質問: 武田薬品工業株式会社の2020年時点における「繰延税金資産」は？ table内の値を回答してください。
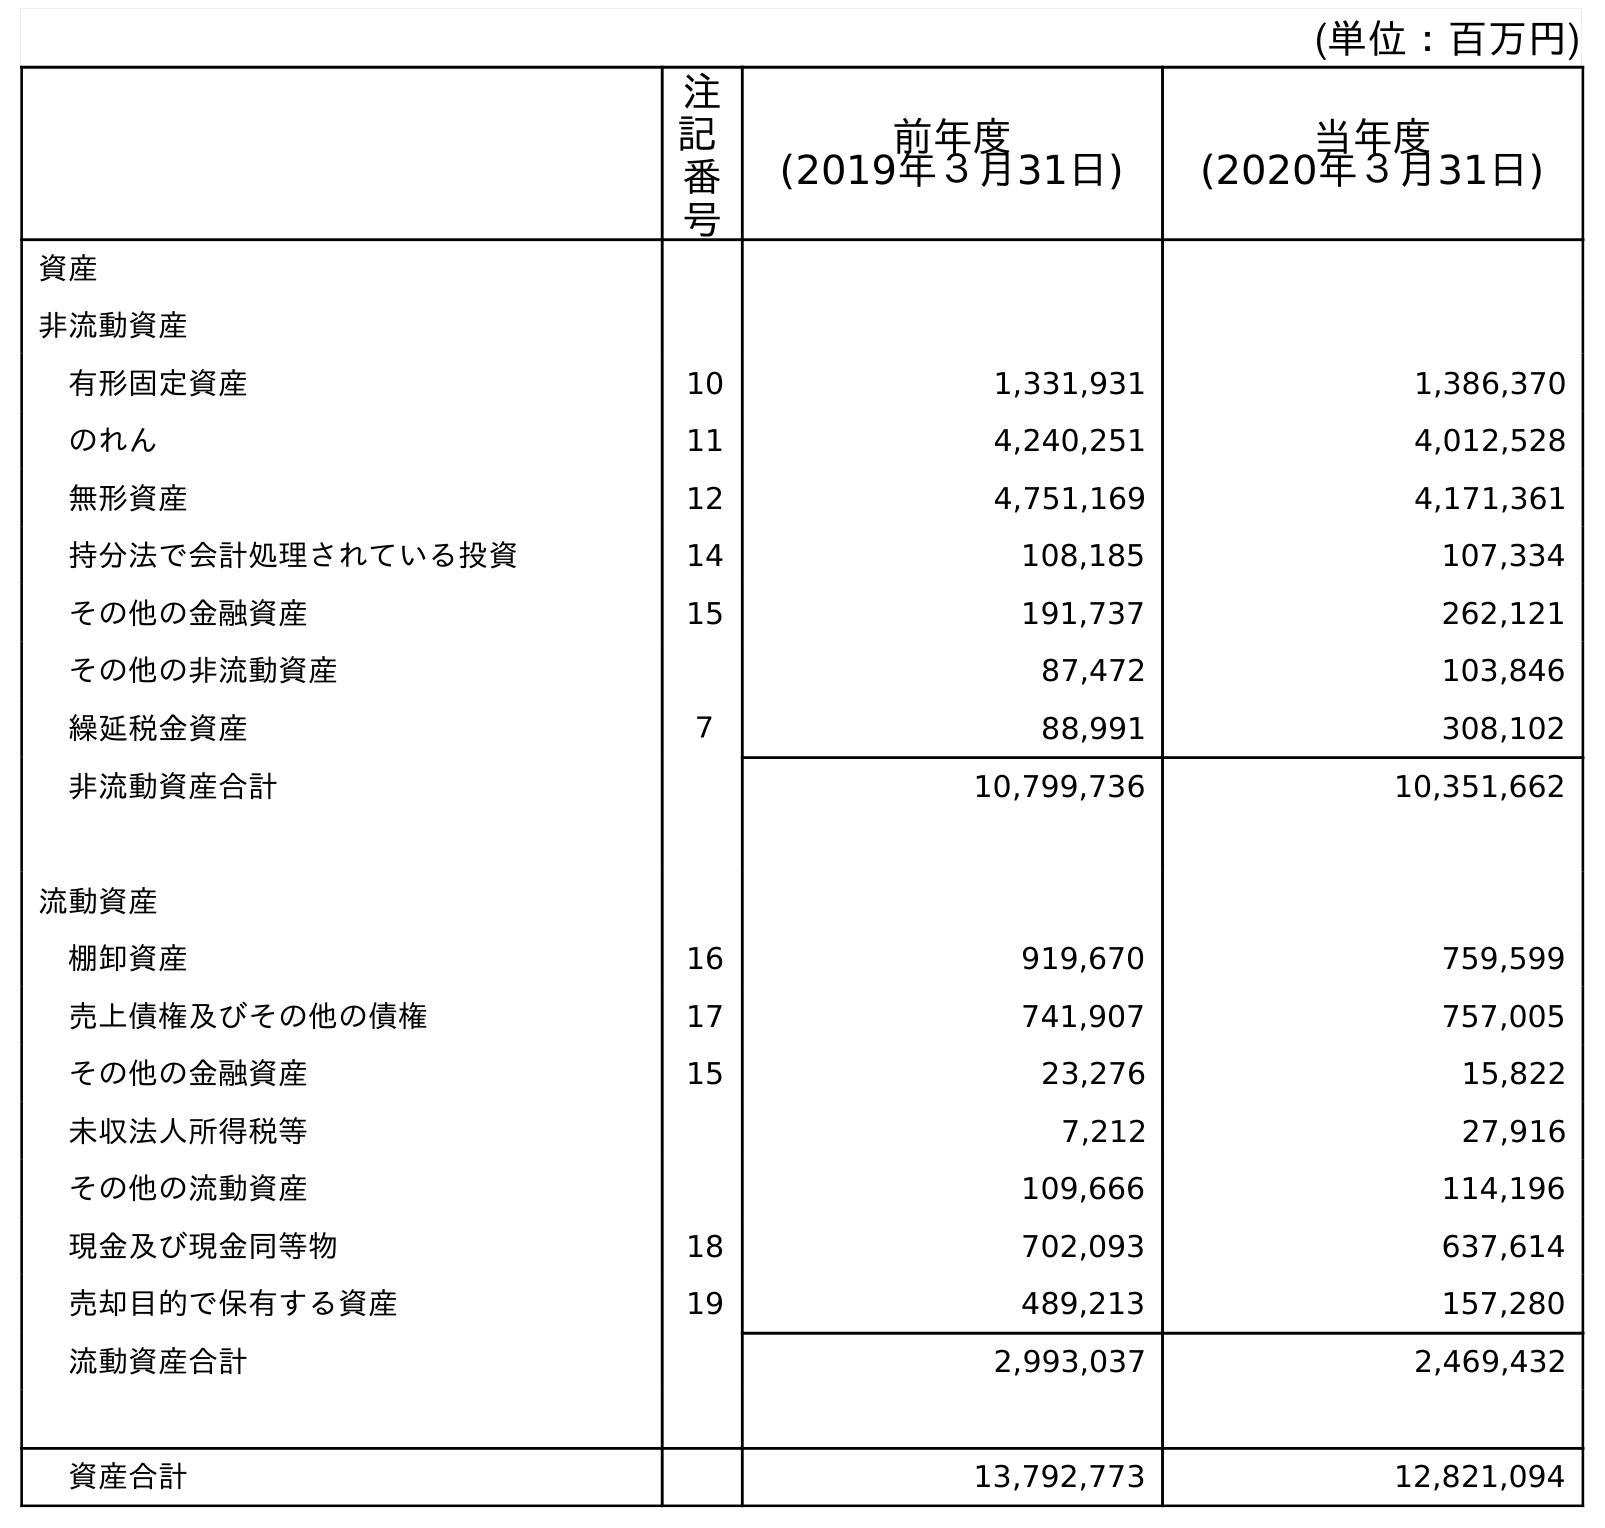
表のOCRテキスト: (単位：百万円) 注 記 番 号 前年度 (2019年３月31日) 当年度 (2020年３月31日) 資産 非流動資産 有形固定資産 10 1,331,931 1,386,370 のれん 11 4,240,251 4,012,528 無形資産 12 4,751,169 4,171,361 持分法で会計処理されている投資 14 108,185 107,334 その他の金融資産 15 191,737 262,121 その他の非流動資産 87,472 103,846 繰延税金資産 ７ 88,991 308,102 非流動資産合計 10,799,736 10,351,662 流動資産 棚卸資産 16 919,670 759,599 売上債権及びその他の債権 17 741,907 757,005 その他の金融資産 15 23,276 15,822 未収法人所得税等 7,212 27,916 その他の流動資産 109,666 114,196 現金及び現金同等物 18 702,093 637,614 売却目的で保有する資産 19 489,213 157,280 流動資産合計 2,993,037 2,469,432 資産合計 13,792,773 12,821,094
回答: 308,102